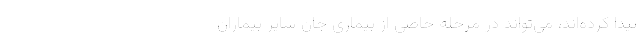
پیدا کرده‌اند، می‌تواند در مرحله خاصی از بیماری جان سایر بیماران